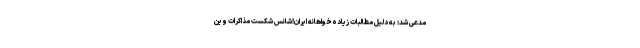
مدعی شد: به دلیل مطالبات زیاده‌خواهانه ایران!شانس شکست مذاکرات وین